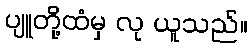
ပျူတို့ထံမှ လု ယူသည်။